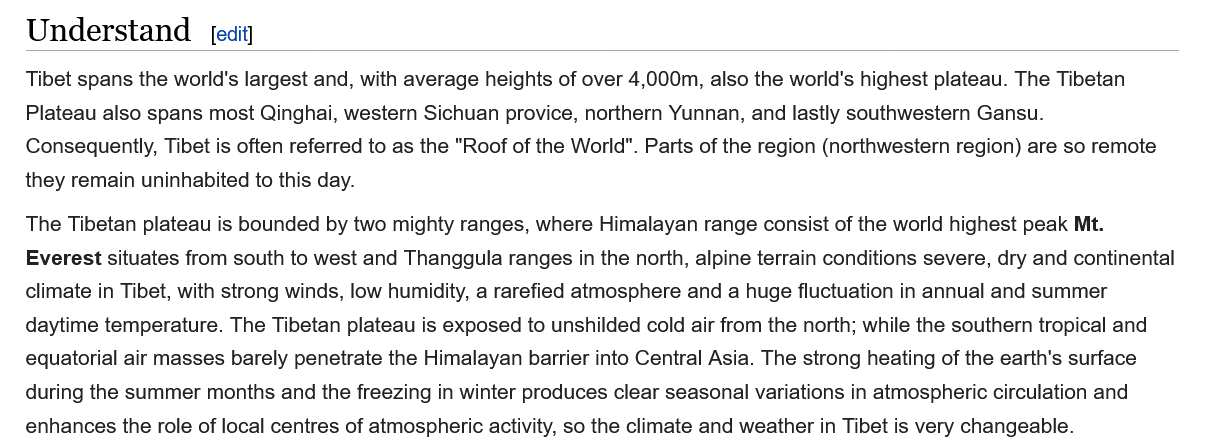
Tibet spans the world's largest and, with average heights of over 4,000m, also the world's highest plateau. The Tibetan
   Plateau also spans most Qinghai, western Sichuan provice, northern Yunnan, and lastly southwestern Gansu.
   Consequently, Tibet is often referred to as the "Roof of the World". Parts of the region (northwestern region) are so remote
   they remain uninhabited to this day.
   The Tibetan plateau is bounded by two mighty ranges, where Himalayan range consist of the world highest peak Mt.
   Everest situates from south to west and Thanggula ranges in the north, alpine terrain conditions severe, dry and continental
   climate in Tibet, with strong winds, low humidity, a rarefied atmosphere and a huge fluctuation in annual and summer
   daytime temperature. The Tibetan plateau is exposed to unshilded cold air from the north; while the southern tropical and
   equatorial air masses barely penetrate the Himalayan barrier into Central Asia. The strong heating of the earth's surface
   during the summer months and the freezing in winter produces clear seasonal variations in atmospheric circulation and
   enhances the role of local centres of atmospheric activity, so the climate and weather in Tibet is very changeable.
     [edit] Understand